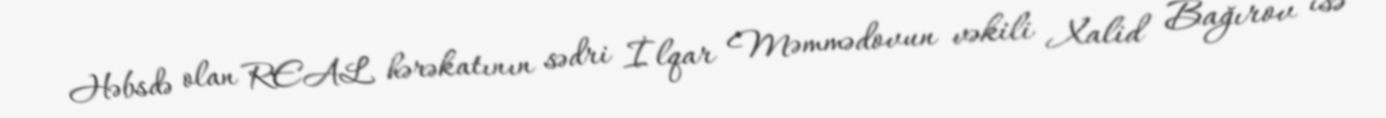
Həbsdə olan REAL hərəkatının sədri İlqar Məmmədovun vəkili Xalid Bağırov isə